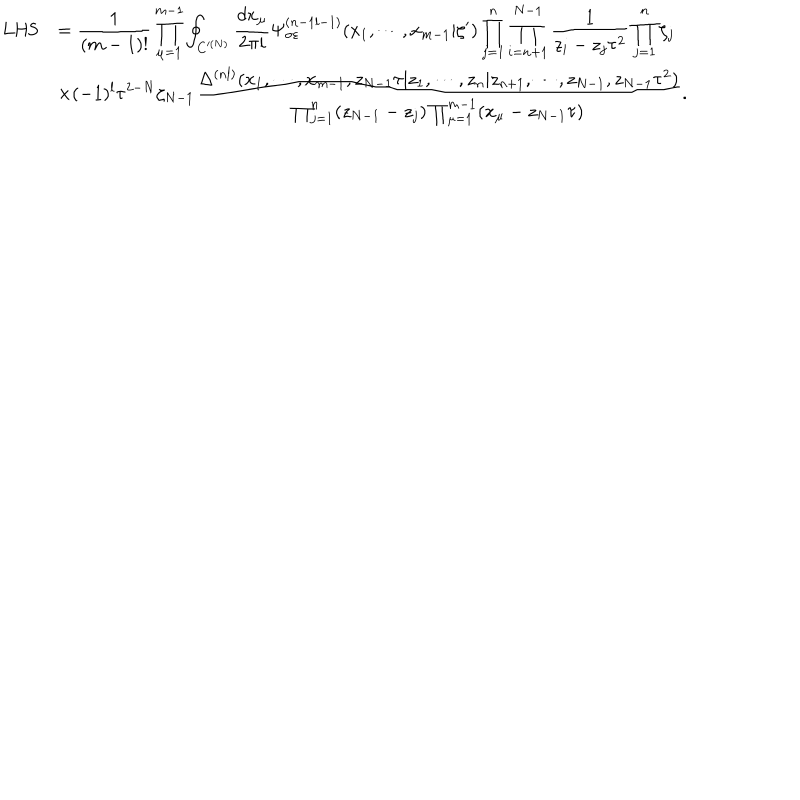
\begin{array} { c l } { { \mathrm { L H S } } } & { { \displaystyle = \frac { 1 } { ( m - 1 ) ! } \prod _ { \mu = 1 } ^ { m - 1 } \oint _ { C ^ { ( N ) } } { \frac { d x _ { \mu } } { 2 \pi i } } \Psi _ { \sigma \varepsilon } ^ { ( n - 1 l - 1 ) } ( x _ { 1 } , \cdots , x _ { m - 1 } | \zeta ^ { \prime } ) \prod _ { j = 1 } ^ { n } \prod _ { i = n + 1 } ^ { N - 1 } \frac { 1 } { z _ { i } - z _ { j } \tau ^ { 2 } } \prod _ { j = 1 } ^ { n } \zeta _ { j } } } \\ { { } } & { { \displaystyle \times ( - 1 ) ^ { l } \tau ^ { 2 - N } \zeta _ { N - 1 } \frac { \Delta ^ { ( n l ) } ( x _ { 1 } , \cdots , x _ { m - 1 } , z _ { N - 1 } \tau | z _ { 1 } , \cdots , z _ { n } | z _ { n + 1 } , \cdots , z _ { N - 1 } , z _ { N - 1 } \tau ^ { 2 } ) } { \prod _ { j = 1 } ^ { n } ( z _ { N - 1 } - z _ { j } ) \prod _ { \mu = 1 } ^ { m - 1 } ( x _ { \mu } - z _ { N - 1 } \tau ) } . } } \\ \end{array}